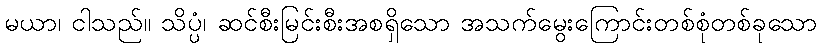
မယာ၊ ငါသည်။ သိပ္ပံ၊ ဆင်စီးမြင်းစီးအစရှိသော အသက်မွေးကြောင်းတစ်စုံတစ်ခုသော